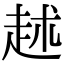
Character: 𧺶